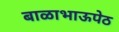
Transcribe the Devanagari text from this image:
बाळाभाऊपेठ